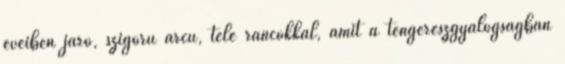
éveiben járó, szigorú arcú, tele ráncokkal, amit a tengerészgyalogságban